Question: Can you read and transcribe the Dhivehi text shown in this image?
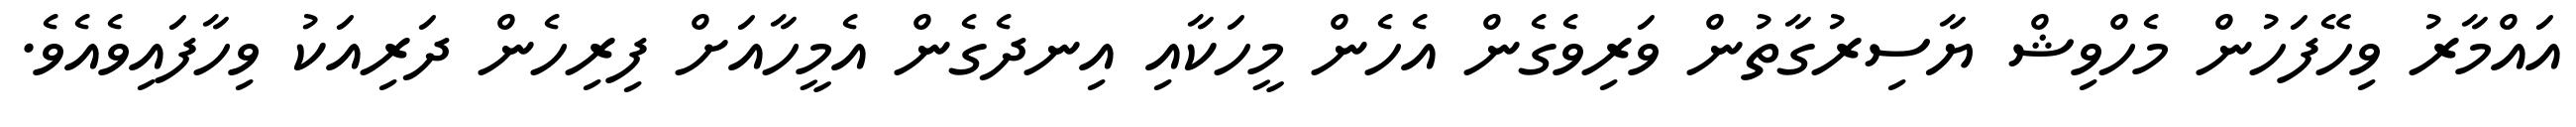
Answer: އައްމާރު ވިހޭފަހުން މެހްވިޝް ޔާސިރުގާތުން ވަރިވެގެން އެހެން މީހަކާއި އިނދެގެން އެމީހާއަށް ފިރިހެން ދަރިއަކު ވިހާފައިވެއެވެ.